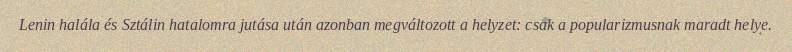
Lenin halála és Sztálin hatalomra jutása után azonban megváltozott a helyzet: csak a popularizmusnak maradt helye.